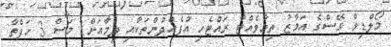
މޯލްޑިވް ގޭސްގެ އަމާޒު ތިމާވެއްޓާ ރައްޓެހި އުފެއްދުންތަކާއި ދިމާއަށް1 މަސް 3 ހަފްތާ